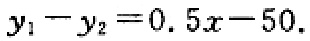
$y_{1}-y_{2}=0.5x - 50.$